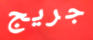
جريج